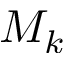
M _ { k }